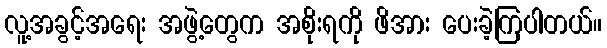
လူ့အခွင့်အရေး အဖွဲ့တွေက အစိုးရကို ဖိအား ပေးခဲ့ကြပါတယ်။